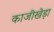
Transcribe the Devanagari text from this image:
काजीखेड़ा